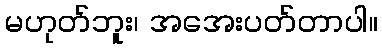
မဟုတ်ဘူး၊ အအေးပတ်တာပါ။